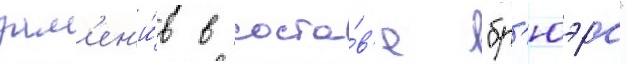
зам'ен'и́в в соста́в'е "бр'юэрс"